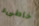
خاطىء